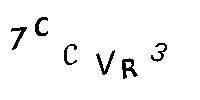
7CCVR3